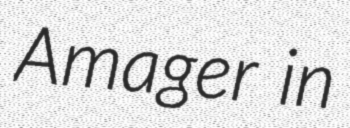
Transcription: Amager in